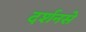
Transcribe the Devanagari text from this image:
दर्शनसे